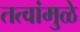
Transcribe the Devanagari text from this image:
तत्वांमुळे